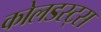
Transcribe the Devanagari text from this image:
कोलडस्ट्स